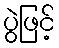
ပွဲဖြင့်